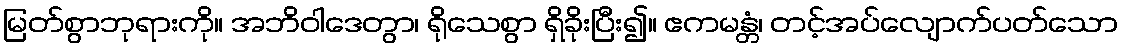
မြတ်စွာဘုရားကို။ အဘိဝါဒေတွာ၊ ရိုသေစွာ ရှိခိုးပြီး၍။ ဧကမန္တံ၊ တင့်အပ်လျောက်ပတ်သော